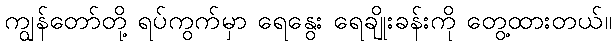
ကျွန်တော်တို့ ရပ်ကွက်မှာ ရေနွေး ရေချိုးခန်းကို တွေ့ထားတယ်။